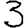
Digit: 3